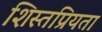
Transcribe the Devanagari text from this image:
शिस्तप्रियता